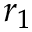
r _ { 1 }